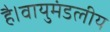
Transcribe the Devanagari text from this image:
है।वायुमंडलीय